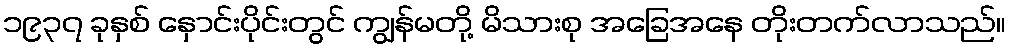
၁၉၃၇ ခုနှစ် နှောင်းပိုင်းတွင် ကျွန်မတို့ မိသားစု အခြေအနေ တိုးတက်လာသည်။